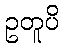
ဥတူပိ